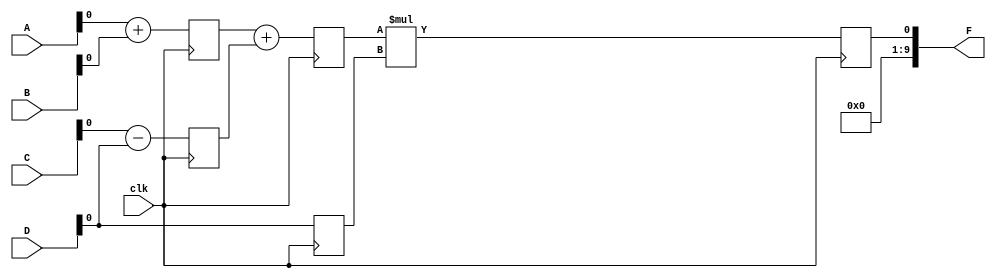
`timescale 1ns / 1ps
//////////////////////////////////////////////////////////////////////////////////
// Company: 
// Engineer: 
// 
// Design Name: 
// Module Name:    ex1 
// Project Name: 
// Target Devices: 
// Tool versions: 
// Description: 
//
// Dependencies: 
//
// Revision: 
// Revision 0.01 - File Created
// Additional Comments: 
//
//////////////////////////////////////////////////////////////////////////////////
module ex1(F,A,B,C,D,clk
    );

parameter N=10;

input [N-1:0] A,B,C,D;
input clk;
output [N-1:0] F;

reg L12_x1,L12_x2,L12_D,L23_x3,L23_D,L34_F;

assign F=L34_F;

always @ (posedge clk)
begin
L12_x1<= #4 A+B;
L12_x2<= #4 C-D;
L12_D <= D;
end

always @ (posedge clk)
begin
L23_x3<= #4 L12_x1+L12_x2;
L23_D <= D;
end

always @ (posedge clk)
begin
L34_F <=  #6 L23_x3*L23_D;

end


endmodule